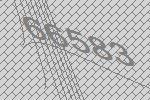
66583